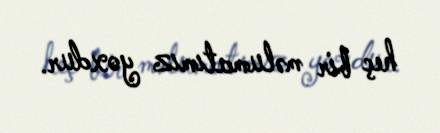
heç bir məlumatımız yoxdur.